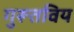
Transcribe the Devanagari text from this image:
गुरूतविय